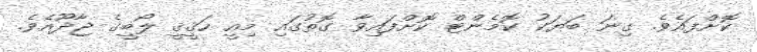
ކޮށްފައެވެ. ގިނަ ބަޔަކު ކޮމެންޓް ކޮށްފައިވާ ގޮތުގައި މިއީ ހަޤީޤީ ލޯބީގެ ޖާދޫއެވެ.